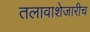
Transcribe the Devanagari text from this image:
तलावाशेजारीच